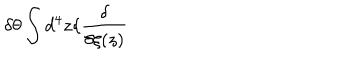
LaTeX: \delta \theta \int d ^ { 4 } z \{ \frac { \delta } { \delta \xi ( z ) }